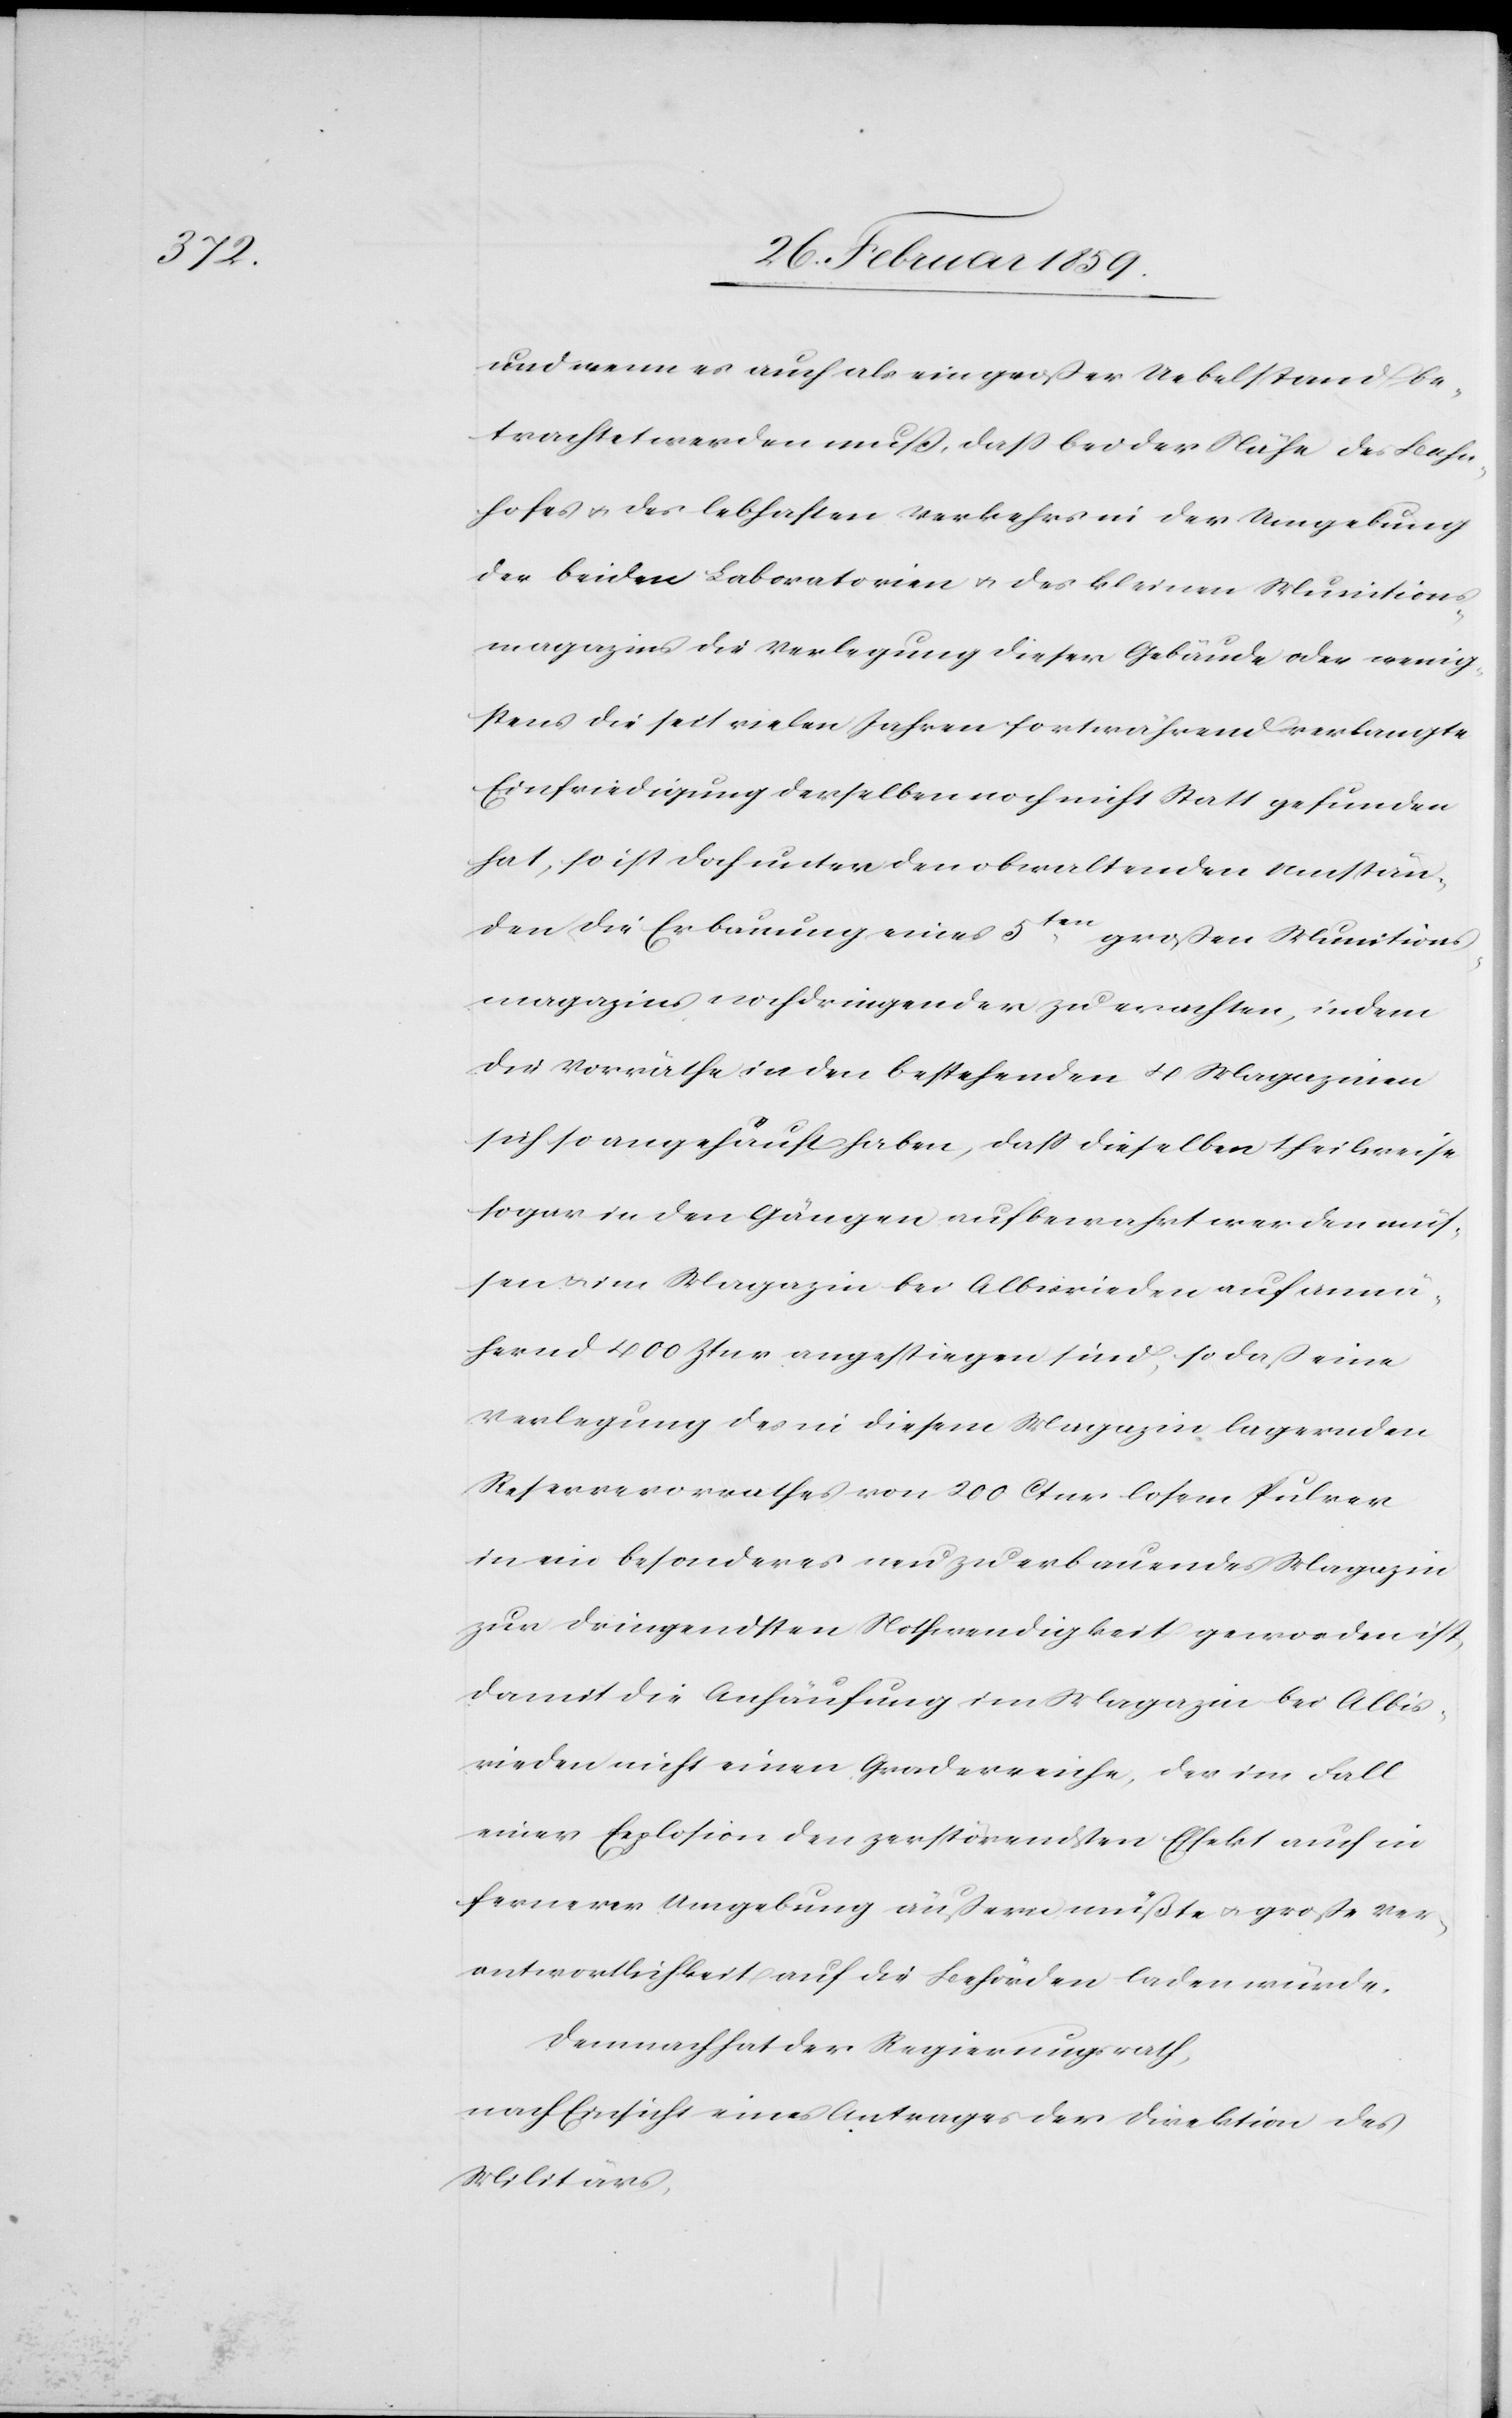
und wenn es auch als ein großer Uebelstand be¬
trachtet werden muß, daß bei der Nähe des Lehn¬
hofes u. des lebhaften Verkehrs in der Umgebung
der beiden Laboratorien u. des kleinen Munitions¬
magazins die Verlegung dieser Gebäude oder wenig¬
stens die seit vielen Jahren fortwährend verlangte
Einfriedigung derselben noch nicht Statt gefunden
hat, so ist doch unter den obwaltenden Umstän¬
den die Erbauung eines 5ten großen Munitions¬
magazins noch dringender zu erachten, indem
die Vorräthe in den bestehenden 4 Magazinen
sich so angehäuft haben, daß dieselben theilweise
sogar in den Gängen aufbewahrt werden müs¬
sen u. im Magazin bei Albisrieden auf annä¬
hernd 400 Ztnr angestiegen sind, so daß eine
Verlegung des in diesem Magazin lagernden
Reservevorrathes von 200 Ctnr losem Pulver
in ein besonderes neu zu erbauendes Magazin
zur dringendsten Nothwendigkeit geworden ist,
damit die Anhäufung im Magazin bei Albis¬
rieden nicht einen Grad erreiche, der im Fall
einer Explosion den zerstörendsten Effekt auch in
fernerer Umgebung äußern müßte u. große Ver¬
antwortlichkeit auf die Behörden laden würde.
Demnach hat der Regierungsrath,
nach Einsicht eines Antrages der Direktion des
Militärs,